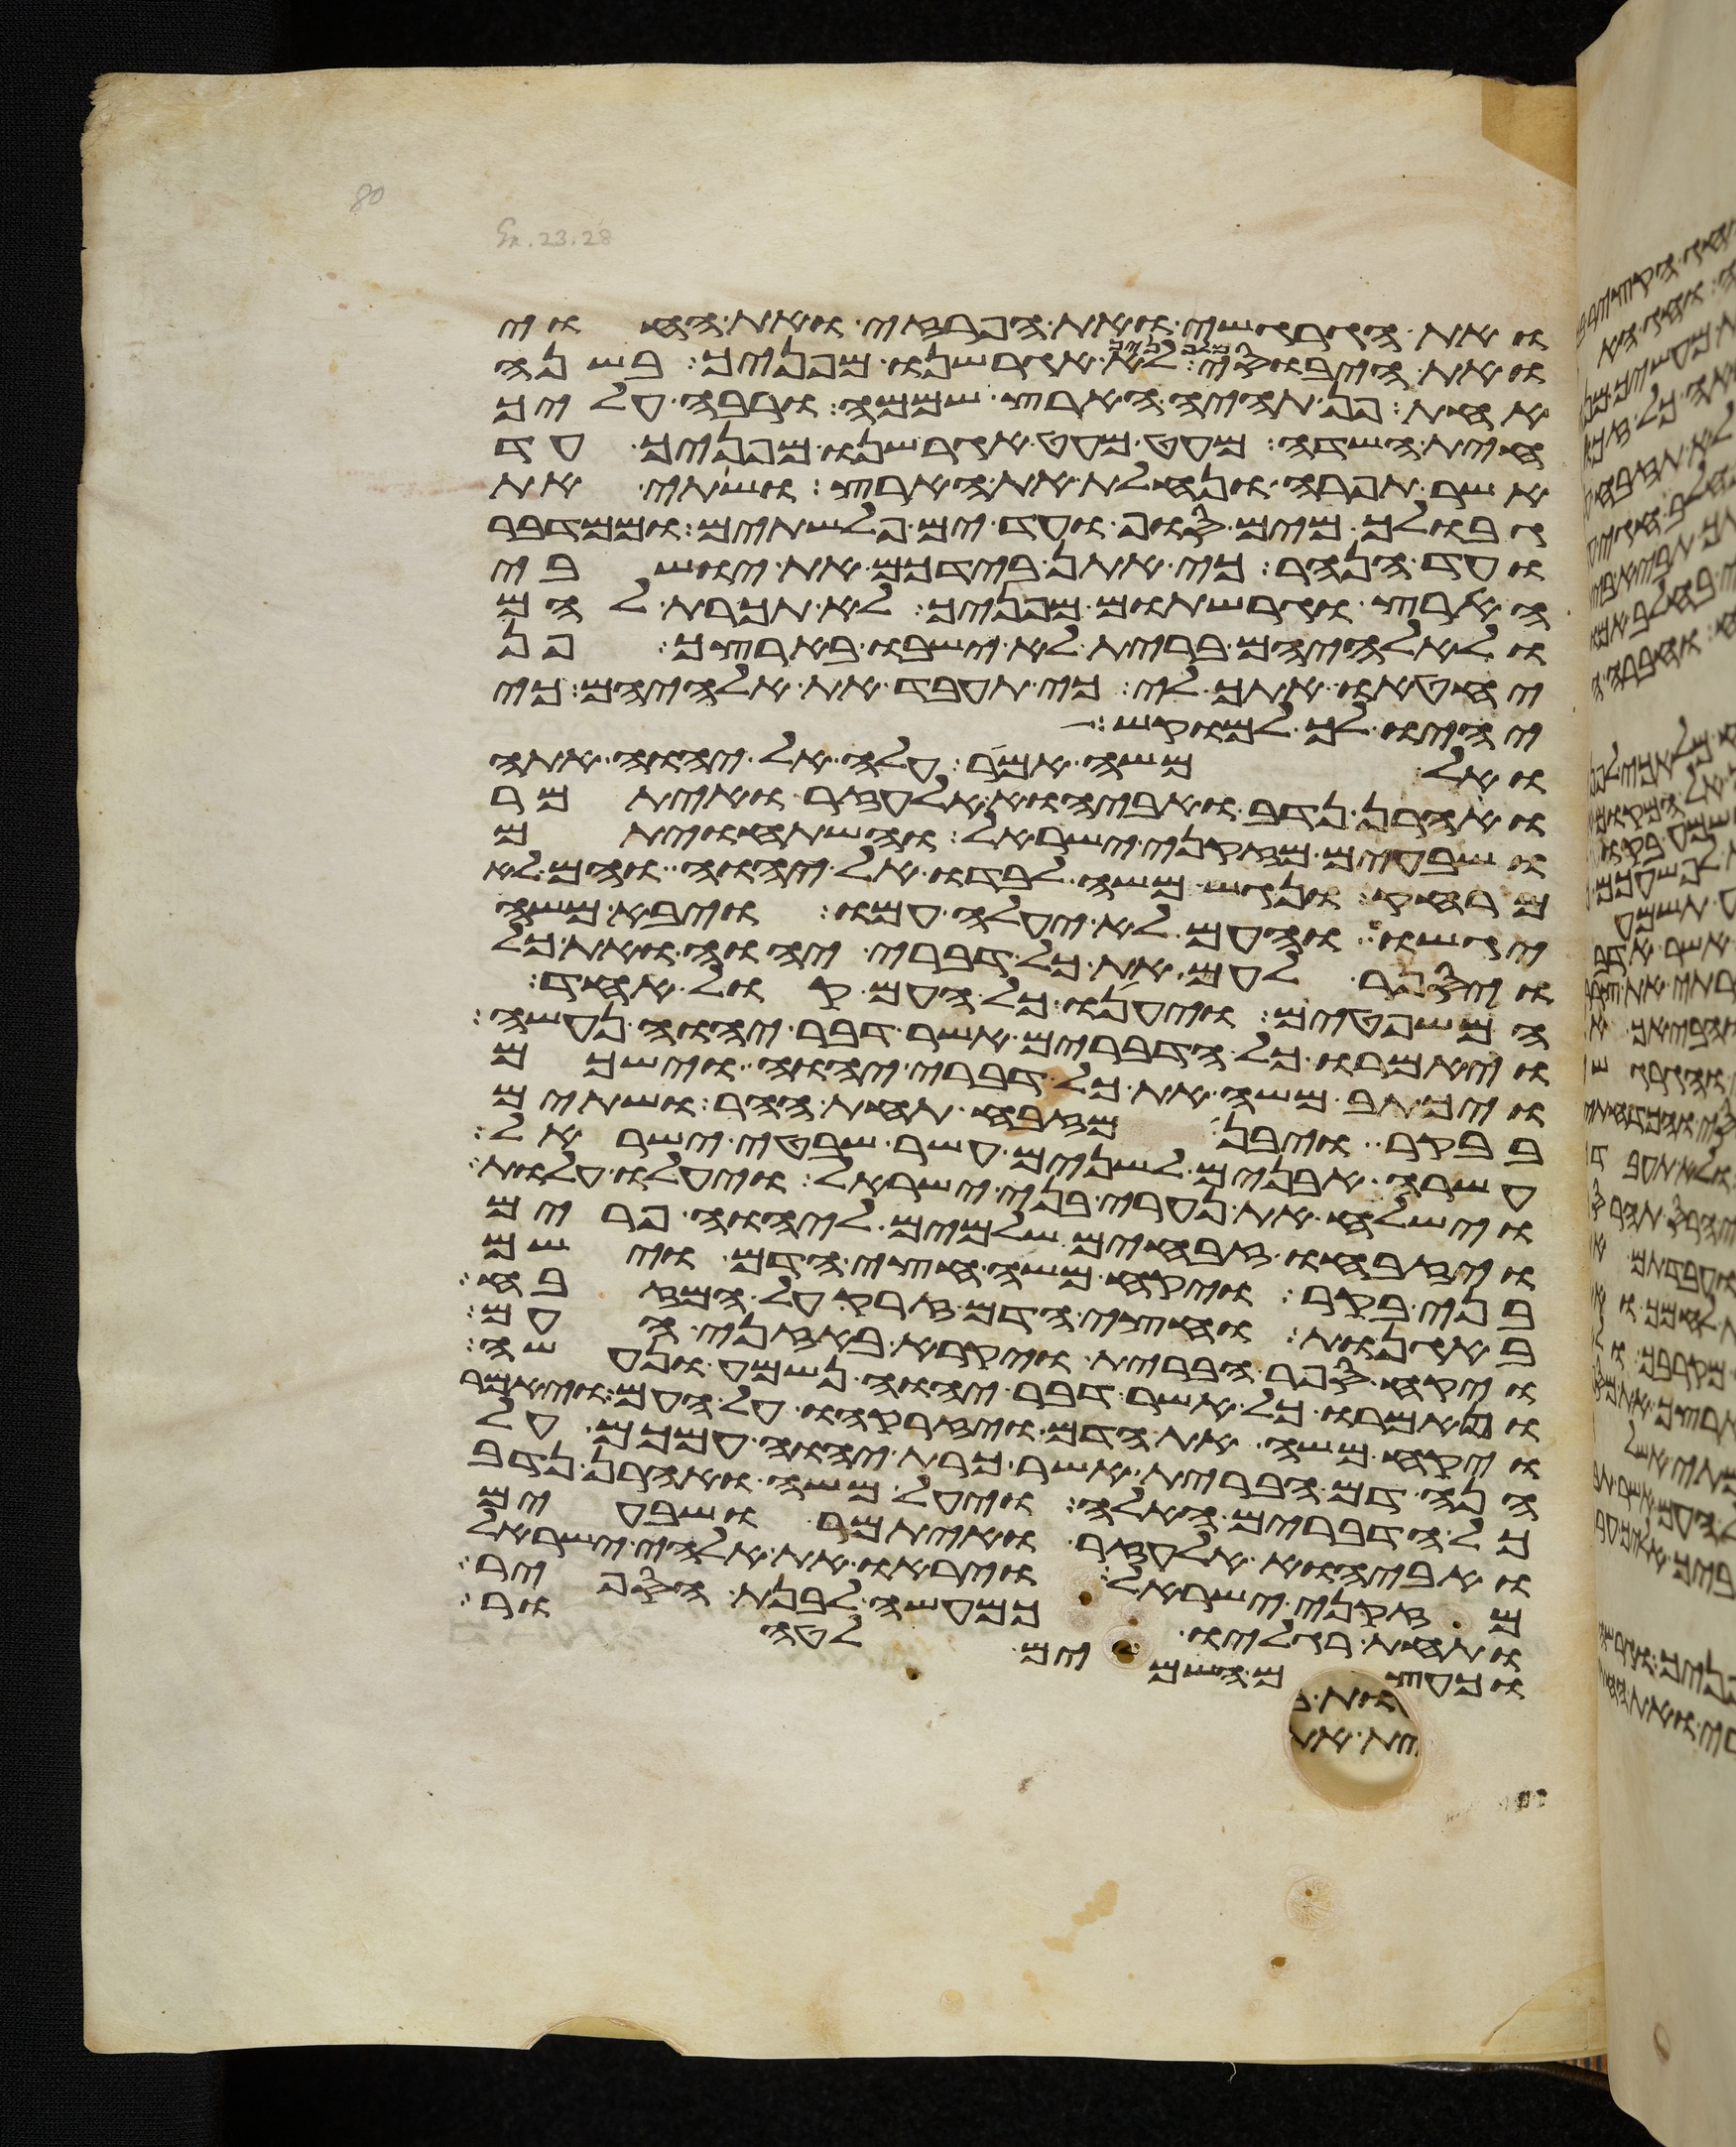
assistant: ואת הגרגשי ואת הפרזי ואת החוי
ואת היבוסי מלפניך לא אגרשנו מפניך בשנה
אחת פן תהיה הארץ שממה ורבה עליך
חית השדה מעט מעט אגרשנו מפניך עד
אשר תפרה ונחלת את הארץ ושתי את
גבולך מים סוף ועד ים פלשתים וממדבר
עד הנהר כי אתן בידכם את ישבי
הארץ וגרשתים מפניך לא תכרת להם
ולאלהיהם ברית לא ישבו בארצך פן
יחטיאו אתך לי כי תעבד את אלהיהם כי
יהיו לך למוקש
ואל משה אמר עלה אל יהוה אתה
ואהרן נדב ואביהוא אלעזר ואיתמר
ושבעים מזקני ישראל והשתחויתם
מרחק ונגש משה לבדו אל יהוה והם לא
יגשו והעם לא יעלה עמו ויבא משה
ויספר לעם את כל דברי יהוה ואת כל
המשפטים ויענו כל העם קול אחד
ויאמרו כל הדברים אשר דבר יהוה נעשה
ויכתב משה את כל דברי יהוה וישכם
בבקר ויבן מזבח תחת ההר ושתים
עשרה אבנים לשנים עשר שבטי ישראל
וישלח את נערי בני ישראל ויעלו עלות
ויזבחו זבחים שלמים ליהוה פרים
בני בקר ויקח משה חצי הדם וישם
באגנות וחצי הדם זרק על המזבח
ויקח ספר הברית ויקרא באזני העם
ויאמרו כל אשר דבר יהוה נשמע ונעשה
ויקח משה את הדם ויזרקהו על העם ויאמר
הנה דם הברית אשר כרת יהוה עמכם על
כל הדברים האלה ויעל משה ואהרן נדב
ואביהוא אלעזר ואיתמר ושבעים
מזקני ישראל ויראו את אלהי ישראל
ותחת רגליו כמעשה לבנת הספיר
וכעצם השמים לטהור